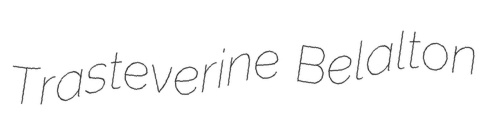
Trasteverine Belalton